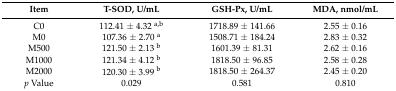
<table><thead><tr><td><b>Item</b></td><td><b>T-SOD, U/mL</b></td><td><b>GSH-Px, U/mL</b></td><td><b>MDA, nmol/mL</b></td></tr></thead><tbody><tr><td>C0</td><td>112.41 ± 4.32 <sup>a,b</sup></td><td>1718.89 ± 141.66</td><td>2.55 ± 0.16</td></tr><tr><td>M0</td><td>107.36 ± 2.70 <sup>a</sup></td><td>1508.71 ± 184.24</td><td>2.83 ± 0.32</td></tr><tr><td>M500</td><td>121.50 ± 2.13 <sup>b</sup></td><td>1601.39 ± 81.31</td><td>2.62 ± 0.16</td></tr><tr><td>M1000</td><td>121.34 ± 4.12 <sup>b</sup></td><td>1818.50 ± 96.85</td><td>2.58 ± 0.28</td></tr><tr><td>M2000</td><td>120.30 ± 3.99 <sup>b</sup></td><td>1818.50 ± 264.37</td><td>2.45 ± 0.20</td></tr><tr><td><i>p</i> Value</td><td>0.029</td><td>0.581</td><td>0.810</td></tr></tbody></table>